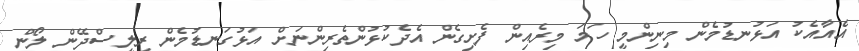
އެއާއެކު އަޅުނޑުމެން މިނިންމީ ހަމަ މިރެއިން ފެށިގެން އެދެކުޅުންތެރިންނަށް އަޅުގަނޑުމެން ރިލީސްދޭން ލޯން